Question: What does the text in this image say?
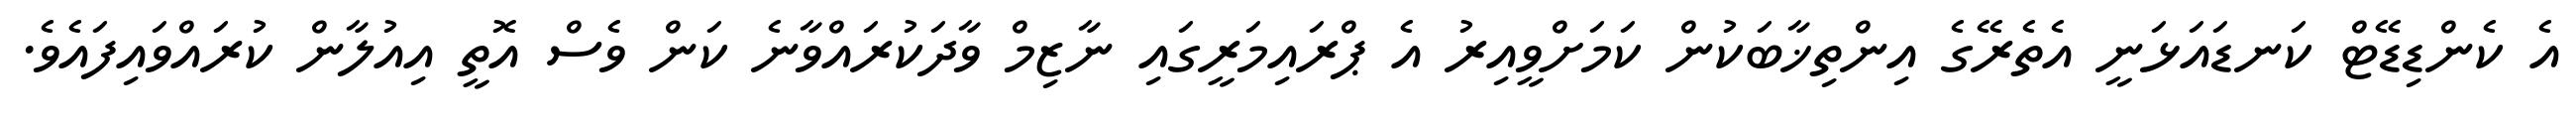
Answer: އެ ކެންޑިޑޭޓް ކަނޑައަޅަނީ އެތެރޭގެ އިންތިޚާބަކުން ކަމަށްވީއިރު އެ ޕްރައިމަރީގައި ނާޒިމް ވާދަކުރައްވާނެ ކަން ވެސް އޮތީ އިއުލާން ކުރައްވައިފައެވެ.